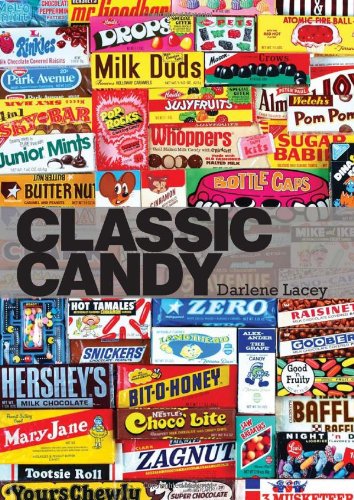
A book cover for Classic Candy: America's Favorite Sweets, 1950-80; Darlene Lacey; Humor & Entertainment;